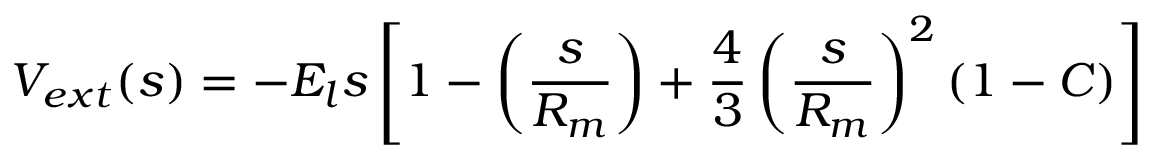
V _ { e x t } ( s ) = - E _ { l } s \left[ 1 - \left( \frac { s } { R _ { m } } \right) + \frac { 4 } { 3 } \left( \frac { s } { R _ { m } } \right) ^ { 2 } \left( 1 - { \cal { C } } \right) \right]